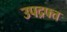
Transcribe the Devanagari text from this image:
उपद्रफ्त